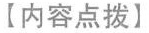
【内容点拨】